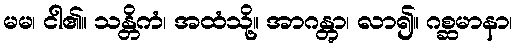
မမ၊ ငါ၏။ သန္တိကံ၊ အထံသို့။ အာဂန္တွာ၊ လာ၍။ ဂစ္ဆမာနာ၊